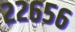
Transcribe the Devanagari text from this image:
२२६५६